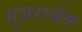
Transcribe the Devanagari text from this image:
गुजराथेत